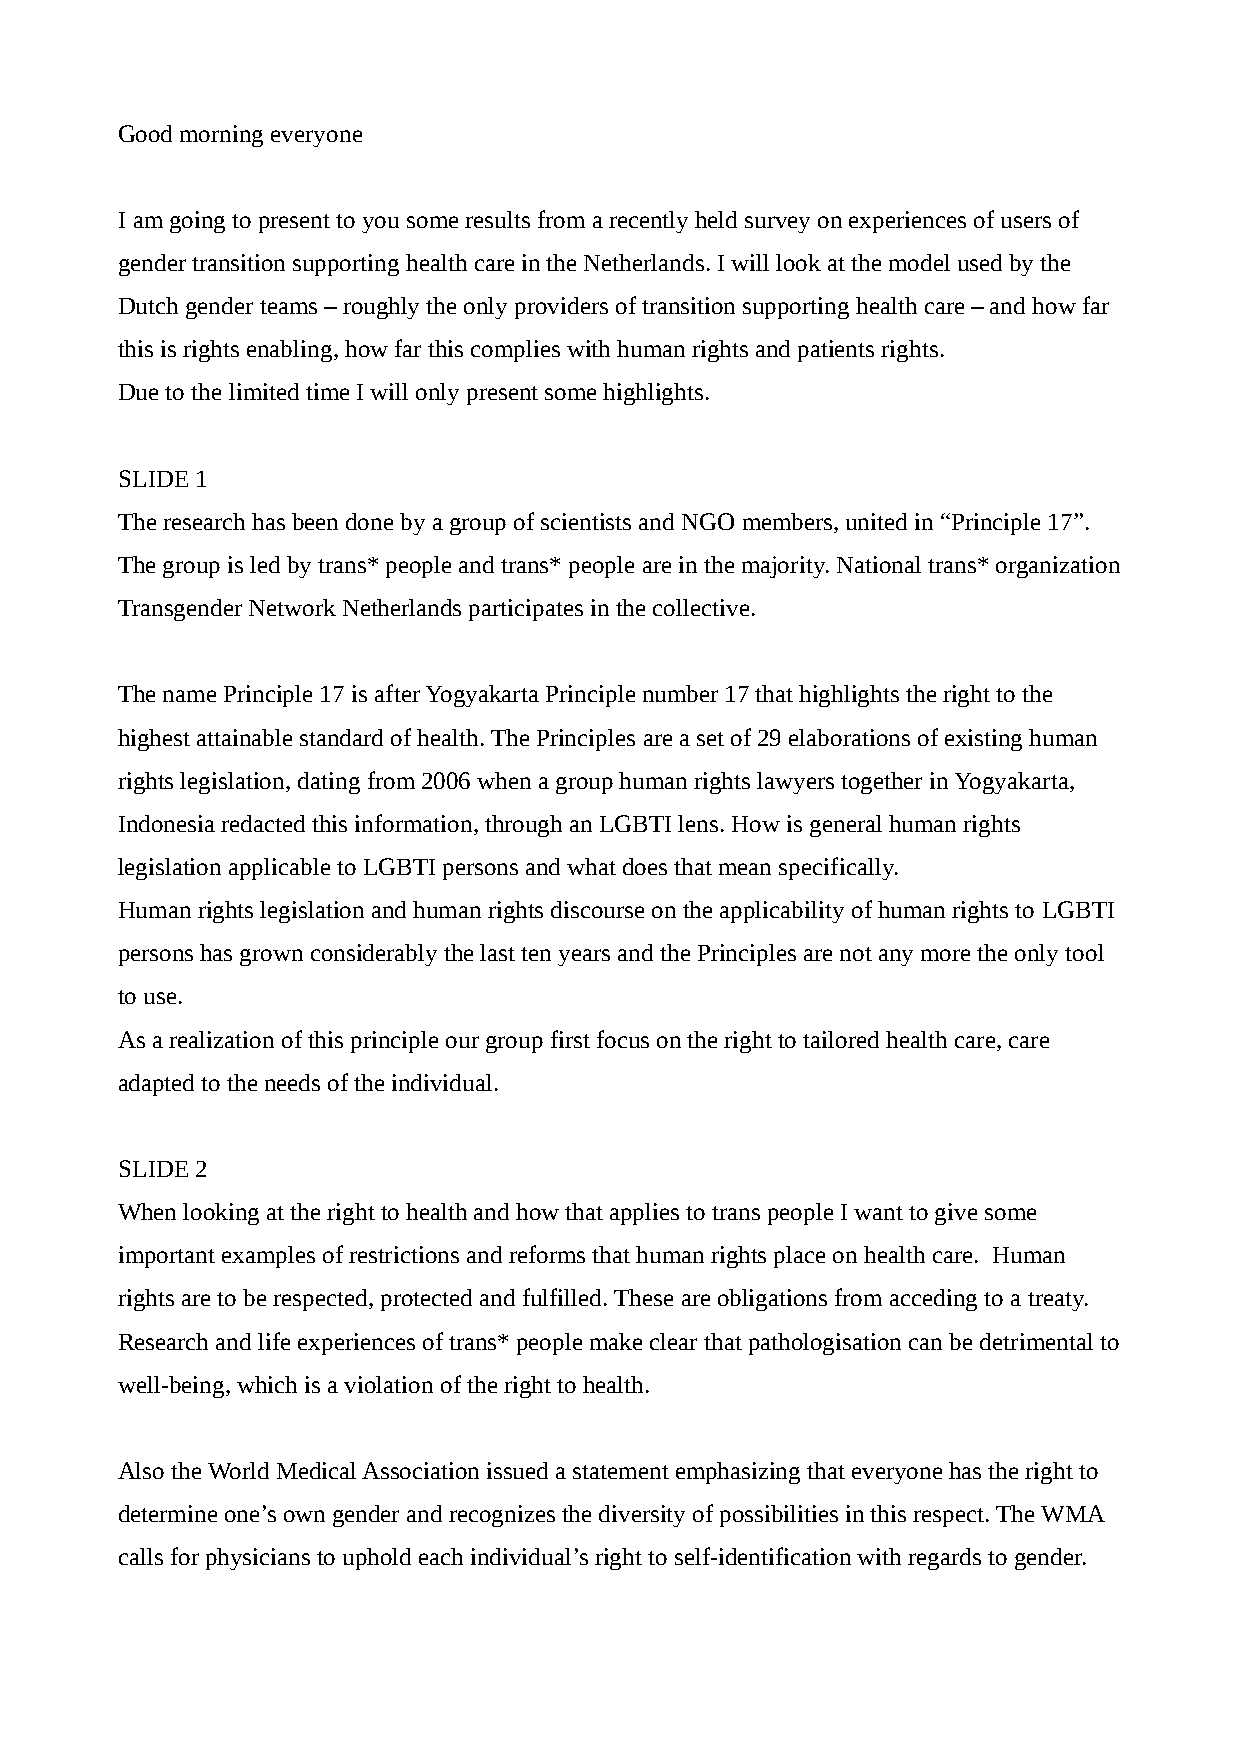
Good morning everyone
 I am going to present to you some results from a recently held survey on experiences of users of
 gender transition supporting health care in the Netherlands. I will look at the model used by the
 Dutch gender teams – roughly the only providers of transition supporting health care – and how far
 this is rights enabling, how far this complies with human rights and patients rights.
 Due to the limited time I will only present some highlights.
 SLIDE 1
 The research has been done by a group of scientists and NGO members, united in “Principle 17”.
 The group is led by trans* people and trans* people are in the majority. National trans* organization
 Transgender Network Netherlands participates in the collective.
 The name Principle 17 is after Yogyakarta Principle number 17 that highlights the right to the
 highest attainable standard of health. The Principles are a set of 29 elaborations of existing human
 rights legislation, dating from 2006 when a group human rights lawyers together in Yogyakarta,
 Indonesia redacted this information, through an LGBTI lens. How is general human rights
 legislation applicable to LGBTI persons and what does that mean specifically.
 Human rights legislation and human rights discourse on the applicability of human rights to LGBTI
 persons has grown considerably the last ten years and the Principles are not any more the only tool
 to use.
 As a realization of this principle our group first focus on the right to tailored health care, care
 adapted to the needs of the individual.
 SLIDE 2
 When looking at the right to health and how that applies to trans people I want to give some
 important examples of restrictions and reforms that human rights place on health care. Human
 rights are to be respected, protected and fulfilled. These are obligations from acceding to a treaty.
 Research and life experiences of trans* people make clear that pathologisation can be detrimental to
 well-being, which is a violation of the right to health.
 Also the World Medical Association issued a statement emphasizing that everyone has the right to
 determine one’s own gender and recognizes the diversity of possibilities in this respect. The WMA
 calls for physicians to uphold each individual’s right to self-identification with regards to gender.